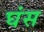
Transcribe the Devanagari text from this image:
घंस